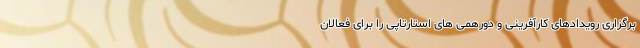
برگزاری رویدادهای کارآفرینی و دورهمی های استارتاپی را برای فعالان